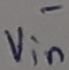
Text: -Vin